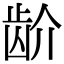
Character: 𬹼